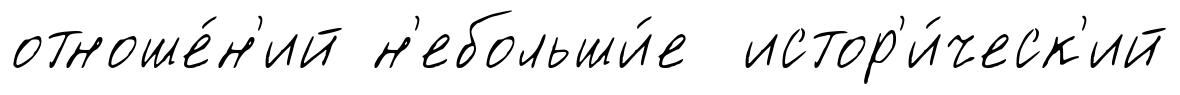
отноше́н'ий н'ебольши́е истор'и́ческ'ий